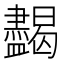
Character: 𥃞